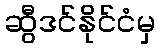
ဆွီဒင်နိုင်ငံမှ